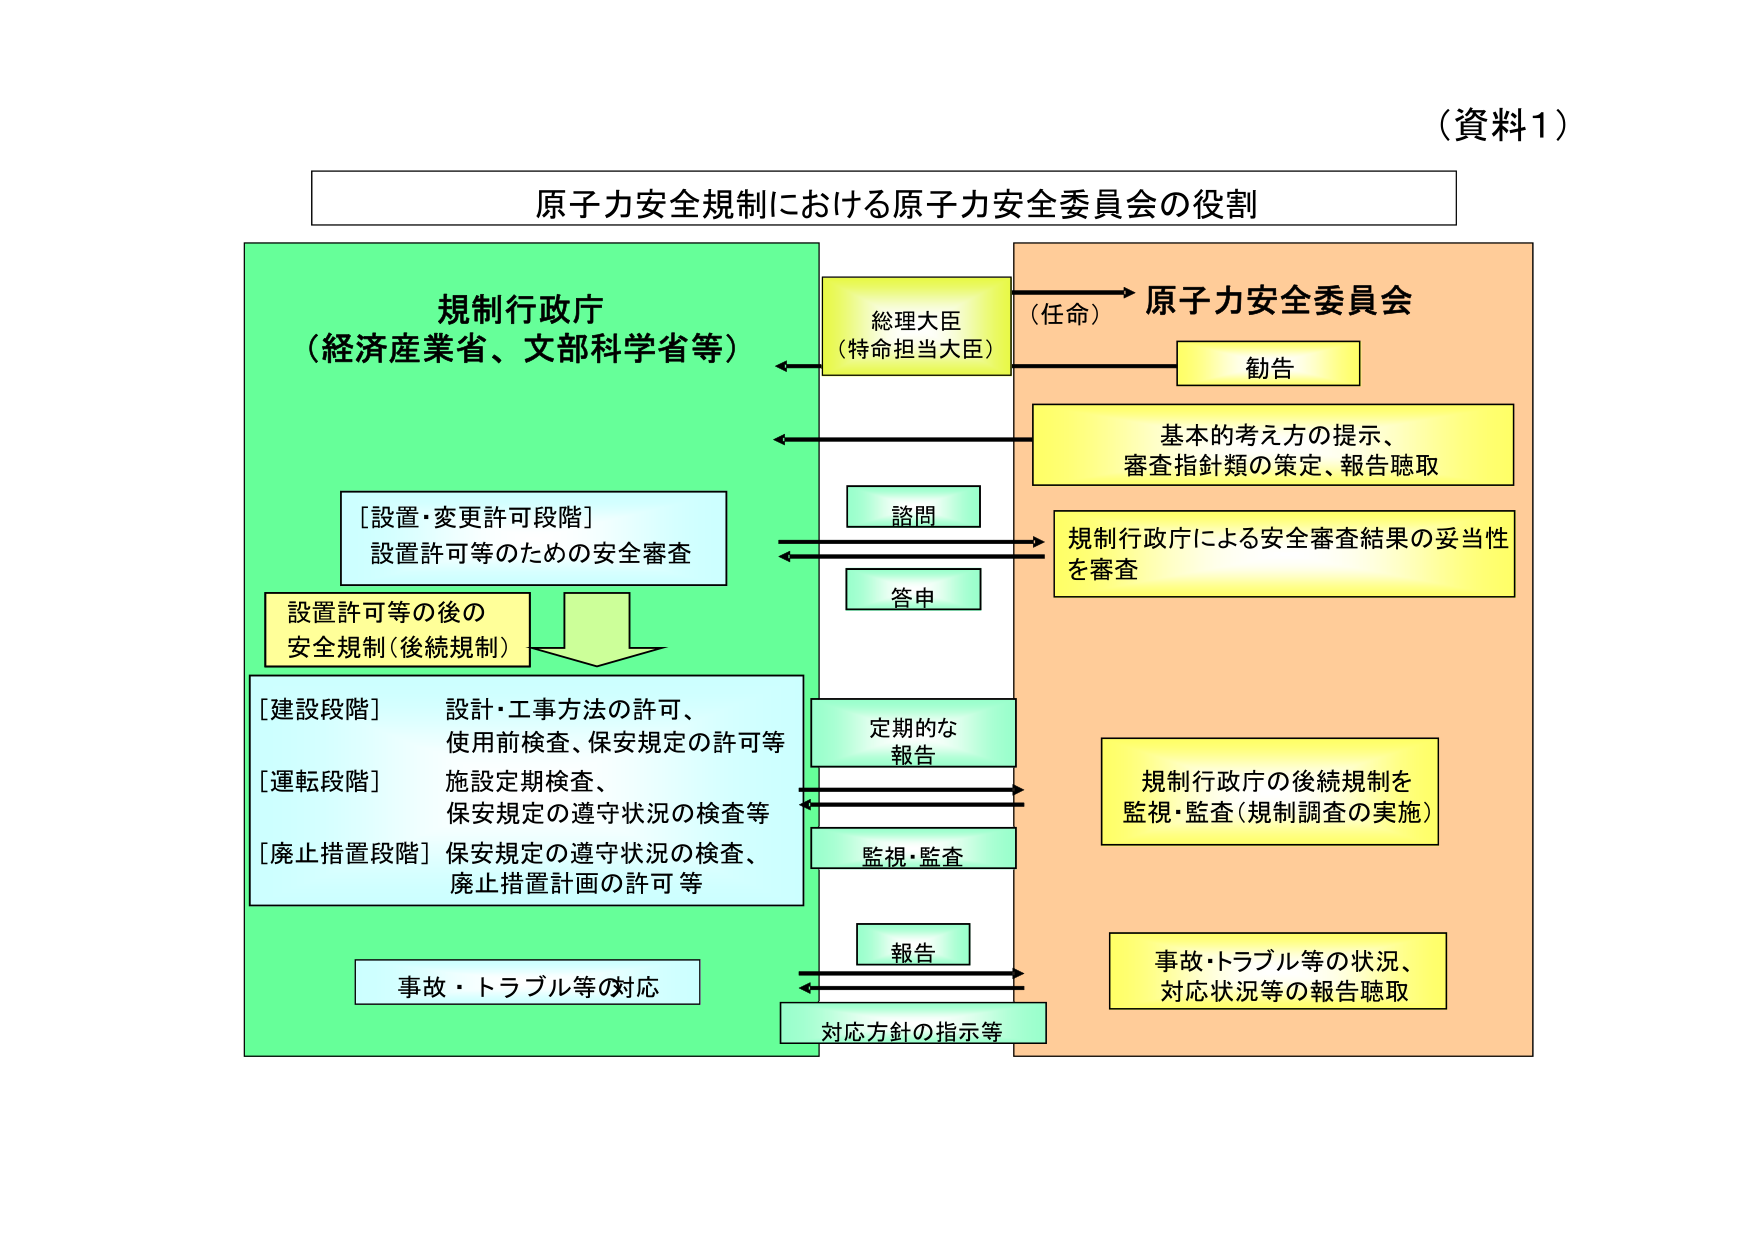
（資料1）

原子力安全規制における原子力安全委員会の役割

規制行政庁
（経済産業省、文部科学省等）

[設置・変更許可段階]
設置許可等のための安全審査

設置許可等の後の
安全規制（後続規制）

[建設段階] 設計・工事方法の許可、
使用前検査、保安規定の許可等

[運転段階] 施設定期検査、
保安規定の遵守状況の検査等

[廃止措置段階] 保安規定の遵守状況の検査、
廃止措置計画の許可等

事故・トラブル等の対応

総理大臣
（特命担当大臣）

（任命）→ 原子力安全委員会

勧告

基本的考え方の提示、
審査指針類の策定、報告聴取

規制行政庁による安全審査結果の妥当性
を審査

諮問

答申

定期的な
報告

監視・監査

報告

対応方針の指示等

規制行政庁の後続規制を
監視・監査（規制調査の実施）

事故・トラブル等の状況、
対応状況等の報告聴取